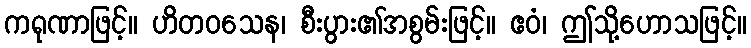
ကရုဏာဖြင့်။ ဟိတဝသေန၊ စီးပွား၏အစွမ်းဖြင့်။ ဧဝံ၊ ဤသို့ဟောသဖြင့်။